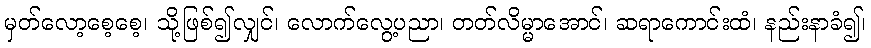
မှတ်လော့စေ့စေ့၊ သို့ဖြစ်၍လျှင်၊ လောက်လွေ့ပညာ၊ တတ်လိမ္မာအောင်၊ ဆရာကောင်းထံ၊ နည်းနာခံ၍၊